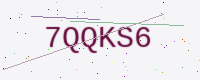
Text: 7QQKS6